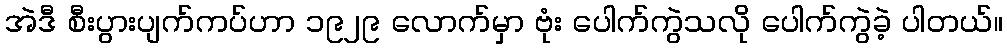
အဲဒီ စီးပွားပျက်ကပ်ဟာ ၁၉၂၉ လောက်မှာ ဗုံး ပေါက်ကွဲသလို ပေါက်ကွဲခဲ့ ပါတယ်။